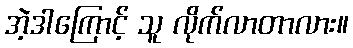
အဲ့ဒါကြောင့် သူ လိုက်လာတာလား။